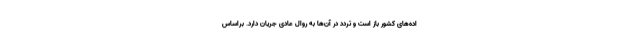
اده‌های کشور باز است و تردد در آن‌ها به روال عادی جریان دارد. براساس